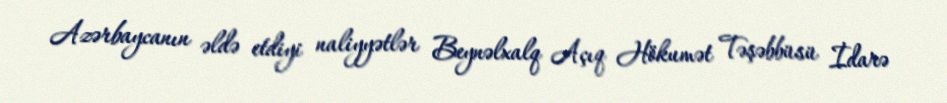
Azərbaycanın əldə etdiyi naliyyətlər Beynəlxalq Açıq Hökumət Təşəbbüsü İdarə